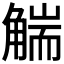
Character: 𧤗